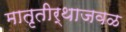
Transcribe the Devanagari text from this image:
मातृतीर्थाजवळ